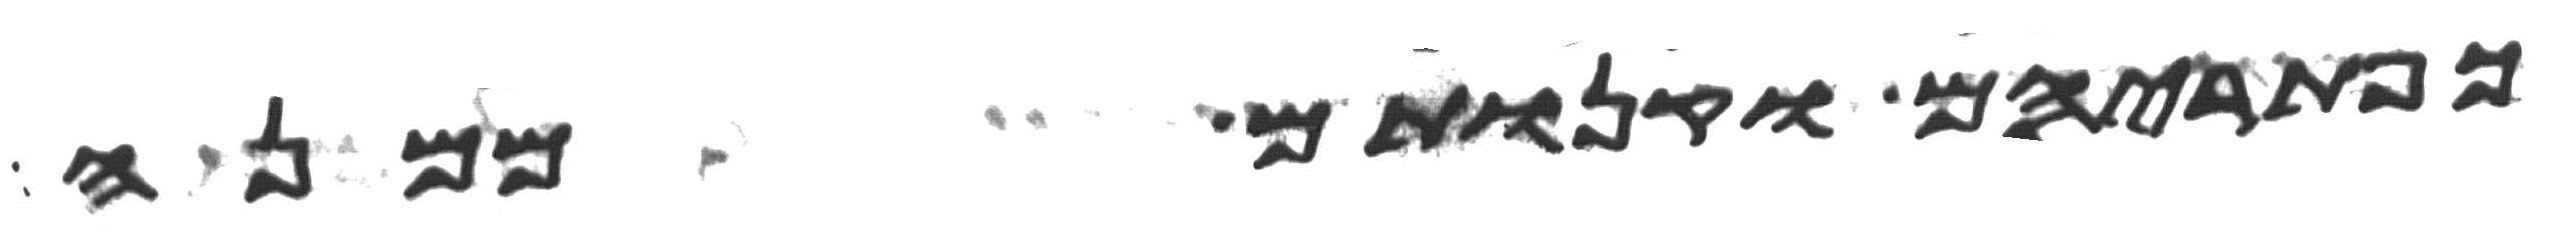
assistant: כפתריהם וקנותם ממנה